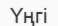
Үңгі